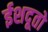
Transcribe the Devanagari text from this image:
ईशदूतो